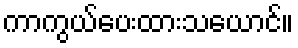
ကာကွယ်ပေးထားသယောင်။